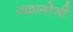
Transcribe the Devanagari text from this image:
वळागोञी